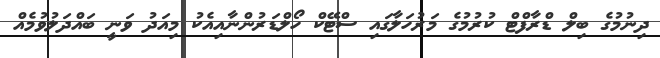
ދިނުމުގެ ބިލް ޑްރާފްޓް ކުރުމުގެ މަރުހަލާގައި ސްޓޭކް ހޯލްޑަރުންނާއިއެކު މިއަދު ވަނީ ބައްދަލުވުމެއް